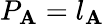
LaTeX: P_{\mathbf{A}}=l_{\mathbf{A}}